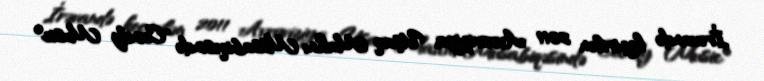
İrəvandə keçirilən 2011 Avroviziya Uşaq Mahnı Müsabiqəsində "Candy Music"